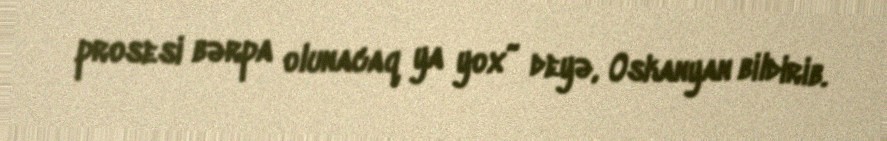
prosesi bərpa olunacaq ya yox” deyə, Oskanyan bildirib.